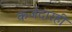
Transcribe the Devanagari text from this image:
कर्जदारही